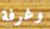
وغرفة